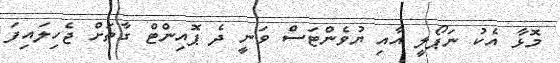
މޮޅާ އެކު ނަޕޯލީ އާއި ޔުވެންޓަސް ވަނީ ދެ ޕޮއިންޓް ގާތަށް ޖެހިލައިފަ